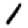
Digit: 1